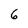
Character: 6